Indian journal of veterinary science and animal husbandry - Volume 6,
Year: 1936
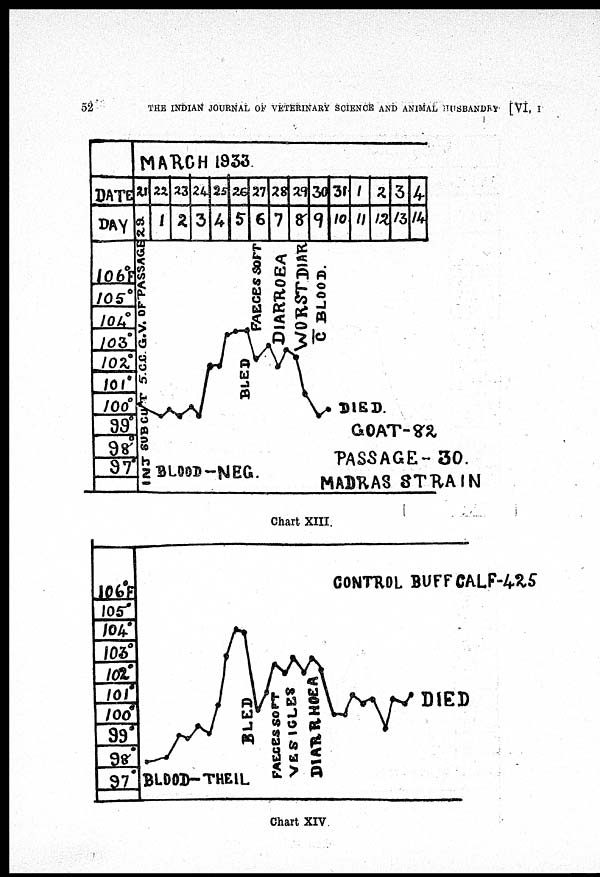
52
THE INDIAN JOURNAL OF VETERINARY SCIENCE AND ANIMAL HUSBANDRY [VI, I
Chart XIII.
Chart XIV.